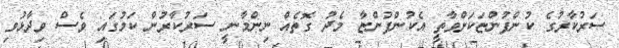
ސަރުކާރުގެ ކުންފުންޏަކަށްވާތީ އެކުންފުންޏާ މެދު ގޮތެއް ނިންމާނީ ސަރުކާރުން ކަމުގައި ވެސް ވިދާޅުވި